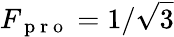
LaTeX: F_{\mathrm{~p~r~o~}}=1/\sqrt{3}